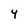
Character: 4